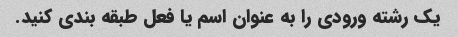
یک رشته ورودی را به عنوان اسم یا فعل طبقه بندی کنید.